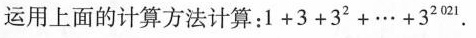
运用上面的计算方法计算：$$1 + 3 + 3 ^ { 2 } + . . . 3 ^ { 2 0 2 1 }$$.